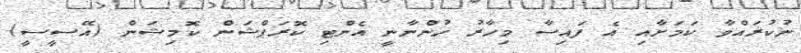
ނުކުރައްވާ ކަމަށާއި އެ ފައިސާ މިހާރު ހުންނާނީ އެންޓި ކޮރަޕްޝަން ކޮމިޝަން (އޭސީސީ)